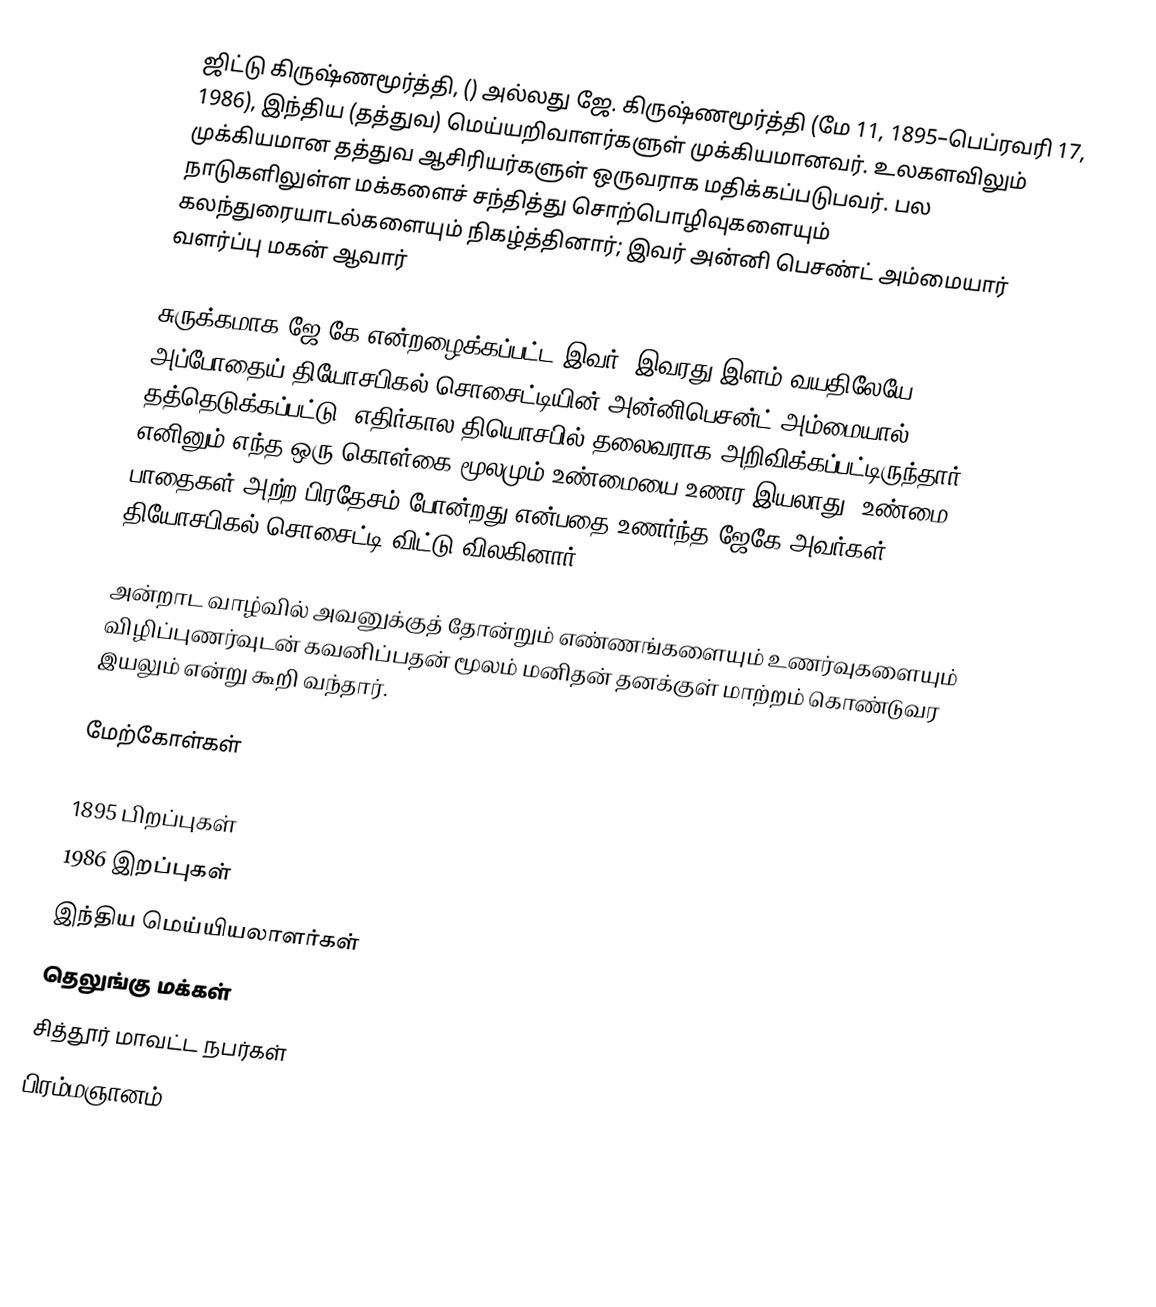
ஜிட்டு கிருஷ்ணமூர்த்தி,  () அல்லது ஜே. கிருஷ்ணமூர்த்தி (மே 11, 1895–பெப்ரவரி 17, 1986), இந்திய (தத்துவ) மெய்யறிவாளர்களுள் முக்கியமானவர். உலகளவிலும் முக்கியமான தத்துவ ஆசிரியர்களுள் ஒருவராக மதிக்கப்படுபவர். பல நாடுகளிலுள்ள மக்களைச் சந்தித்து சொற்பொழிவுகளையும் கலந்துரையாடல்களையும் நிகழ்த்தினார்; இவர் அன்னி பெசண்ட் அம்மையார் வளர்ப்பு மகன் ஆவார்

சுருக்கமாக ஜே.கே என்றழைக்கப்பட்ட இவர், இவரது இளம் வயதிலேயே அப்போதைய் தியோசபிகல் சொசைட்டியின் அன்னிபெசன்ட் அம்மையால் தத்தெடுக்கப்பட்டு, எதிர்கால தியொசபில் தலைவராக அறிவிக்கப்பட்டிருந்தார். எனினும்,எந்த ஒரு கொள்கை மூலமும்  உண்மையை உணர இயலாது. உண்மை, பாதைகள் அற்ற பிரதேசம் போன்றது என்பதை உணர்ந்த  ஜேகே அவர்கள் , தியோசபிகல் சொசைட்டி விட்டு விலகினார்..

அன்றாட வாழ்வில் அவனுக்குத் தோன்றும் எண்ணங்களையும் உணர்வுகளையும் விழிப்புணர்வுடன் கவனிப்பதன் மூலம் மனிதன் தனக்குள் மாற்றம் கொண்டுவர இயலும்  என்று கூறி வந்தார்.

மேற்கோள்கள்

1895 பிறப்புகள்
1986 இறப்புகள்
இந்திய மெய்யியலாளர்கள்
தெலுங்கு மக்கள்
சித்தூர் மாவட்ட நபர்கள்
பிரம்மஞானம்